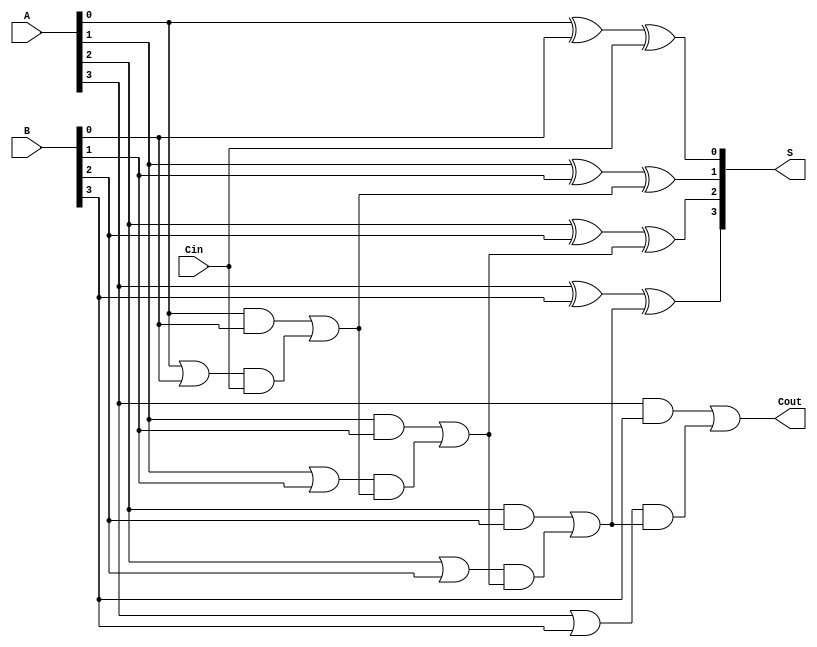
module CarryLookaheadAdder #(parameter n = 4) (
    input [n-1:0] A,      // First n-bit input
    input [n-1:0] B,      // Second n-bit input
    input Cin,            // Carry-in
    output [n-1:0] S,     // Sum output
    output Cout           // Carry-out
);

    // Generate and Propagate signals
    wire [n-1:0] G; // Generate signals
    wire [n-1:0] P; // Propagate signals
    wire [n:0] C;   // Carry signals

    // Generate and Propagate logic
    genvar i;
    generate
        for (i = 0; i < n; i = i + 1) begin : gen_prop
            assign G[i] = A[i] & B[i]; // Generate
            assign P[i] = A[i] | B[i]; // Propagate
        end
    endgenerate

    // Carry generation using lookahead logic
    assign C[0] = Cin; // C0 = Cin

    generate
        for (i = 0; i < n; i = i + 1) begin : carry_gen
            if (i == 0) begin
                assign C[i + 1] = G[i] | (P[i] & C[i]); // C1 = G0 OR (P0 AND C0)
            end else begin
                assign C[i + 1] = G[i] | (P[i] & C[i]); // Ci = Gi-1 OR (Pi-1 AND Ci-1)
            end
        end
    endgenerate

    // Sum calculation
    generate
        for (i = 0; i < n; i = i + 1) begin : sum_calc
            assign S[i] = A[i] ^ B[i] ^ C[i]; // Si = Ai XOR Bi XOR Ci
        end
    endgenerate

    // Carry-out
    assign Cout = C[n]; // Cout = Cn

endmodule